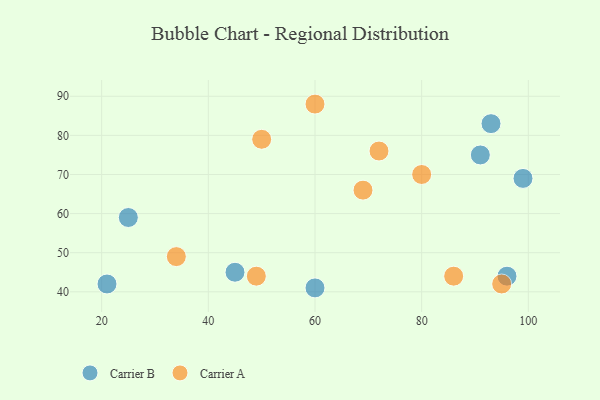
{"axis": {"x": "GDP", "y": "Life Expectancy"}, "legend": ["Carrier A", "Carrier B"], "data": [{"x": "99", "y": 69, "type": "Carrier B"}, {"x": "60", "y": 41, "type": "Carrier B"}, {"x": "96", "y": 44, "type": "Carrier B"}, {"x": "45", "y": 45, "type": "Carrier B"}, {"x": "93", "y": 83, "type": "Carrier B"}, {"x": "25", "y": 59, "type": "Carrier B"}, {"x": "91", "y": 75, "type": "Carrier B"}, {"x": "21", "y": 42, "type": "Carrier B"}, {"x": "49", "y": 44, "type": "Carrier A"}, {"x": "60", "y": 88, "type": "Carrier A"}, {"x": "34", "y": 49, "type": "Carrier A"}, {"x": "69", "y": 66, "type": "Carrier A"}, {"x": "86", "y": 44, "type": "Carrier A"}, {"x": "95", "y": 42, "type": "Carrier A"}, {"x": "50", "y": 79, "type": "Carrier A"}, {"x": "72", "y": 76, "type": "Carrier A"}, {"x": "80", "y": 70, "type": "Carrier A"}]}